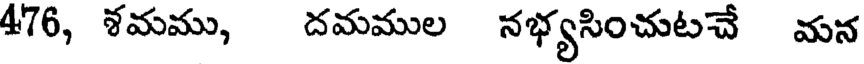
476, శమము, దమముల నభ్యసించుటచే మన